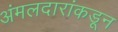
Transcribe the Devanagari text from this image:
अंमलदारांकडून